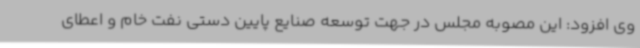
وی افزود: این مصوبه مجلس در جهت توسعه صنایع پایین دستی نفت خام و اعطای